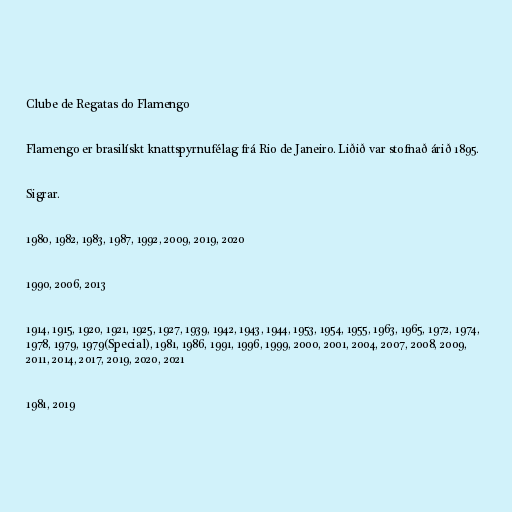
Clube de Regatas do Flamengo

Flamengo er brasilískt knattspyrnufélag frá Rio de Janeiro. Liðið var stofnað árið 1895.

Sigrar.

1980, 1982, 1983, 1987, 1992, 2009, 2019, 2020

1990, 2006, 2013

1914, 1915, 1920, 1921, 1925, 1927, 1939, 1942, 1943, 1944, 1953, 1954, 1955, 1963, 1965, 1972, 1974,
1978, 1979, 1979(Special), 1981, 1986, 1991, 1996, 1999, 2000, 2001, 2004, 2007, 2008, 2009,
2011, 2014, 2017, 2019, 2020, 2021

1981, 2019